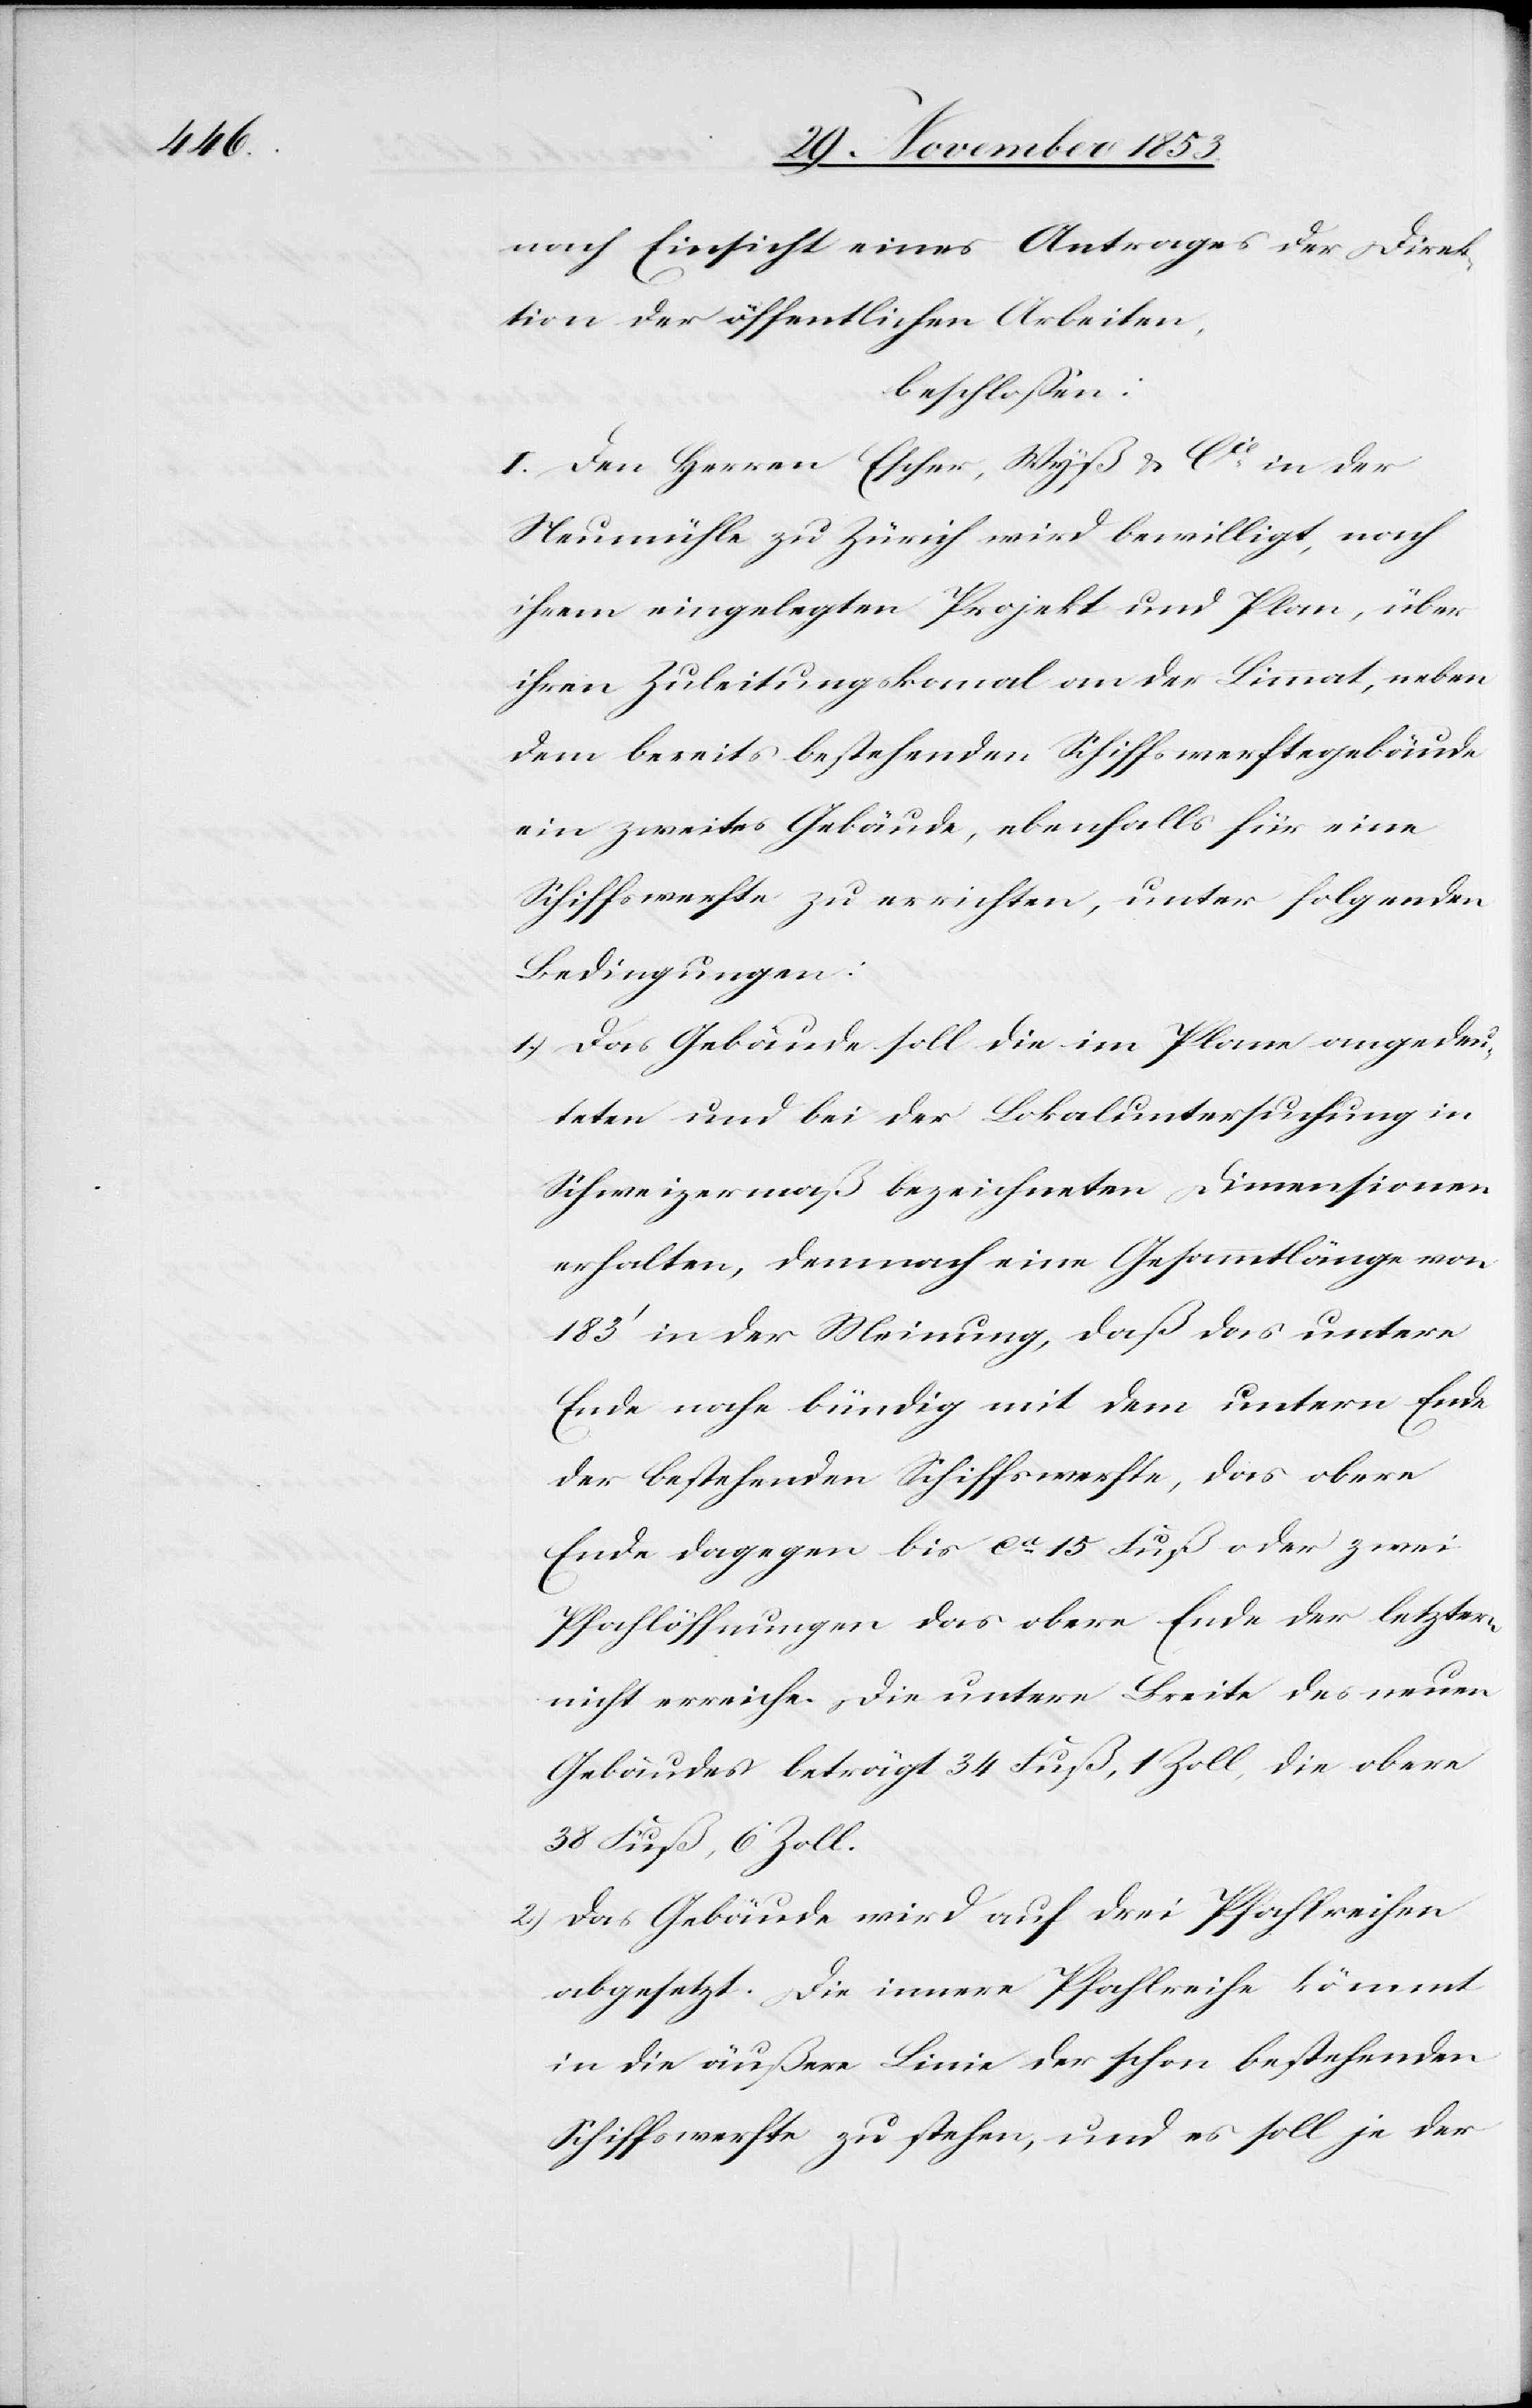
nach Einsicht eines Antrages der Direk¬
tion der öffentlichen Arbeiten,
beschloßen:
I. Den Herren Escher, Wyß u. Cie in der
Neumühle zu Zürich wird bewilligt, nach
ihrem eingelegten Projekt und Plan, über
ihren Zuleitungskanal an der Limmat, neben
dem bereits bestehenden Schiffswerftegebäude
ein zweites Gebäude, ebenfalls für eine
Schiffswerfte zu errichten, unter folgenden
Bedingungen:
1.) Das Gebäude soll die im Plane angedeu¬
teten und bei der Lokaluntersuchung in
Schweizermaß bezeichneten Dimensionen
erhalten, demnach eine Gesammtlänge von
183’ in der Meinung, daß das untere
Ende nahe bündig mit dem untern Ende
der bestehenden Schiffswerfte, das obere
Ende dagegen bis ca 15 Fuß oder zwei
Pfahlöffnungen das obere Ende der letztern
nicht erreiche. Die untere Breite des neuen
Gebäudes beträgt 34 Fuß, 1 Zoll, die obere
38 Fuß, 6 Zoll.
2) Das Gebäude wird auf drei Pfahlreihen
abgesetzt. Die innere Pfahlreihe kömmt
in die äußere Linie der schon bestehenden
Schiffswerfte zu stehen, und es soll je der